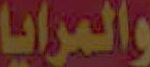
والمرايا